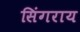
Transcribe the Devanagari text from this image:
सिंगराय